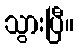
သွားပြီ။